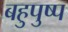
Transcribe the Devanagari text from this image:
बहुपुष्प